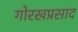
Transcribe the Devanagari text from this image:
गोरखप्रसाद